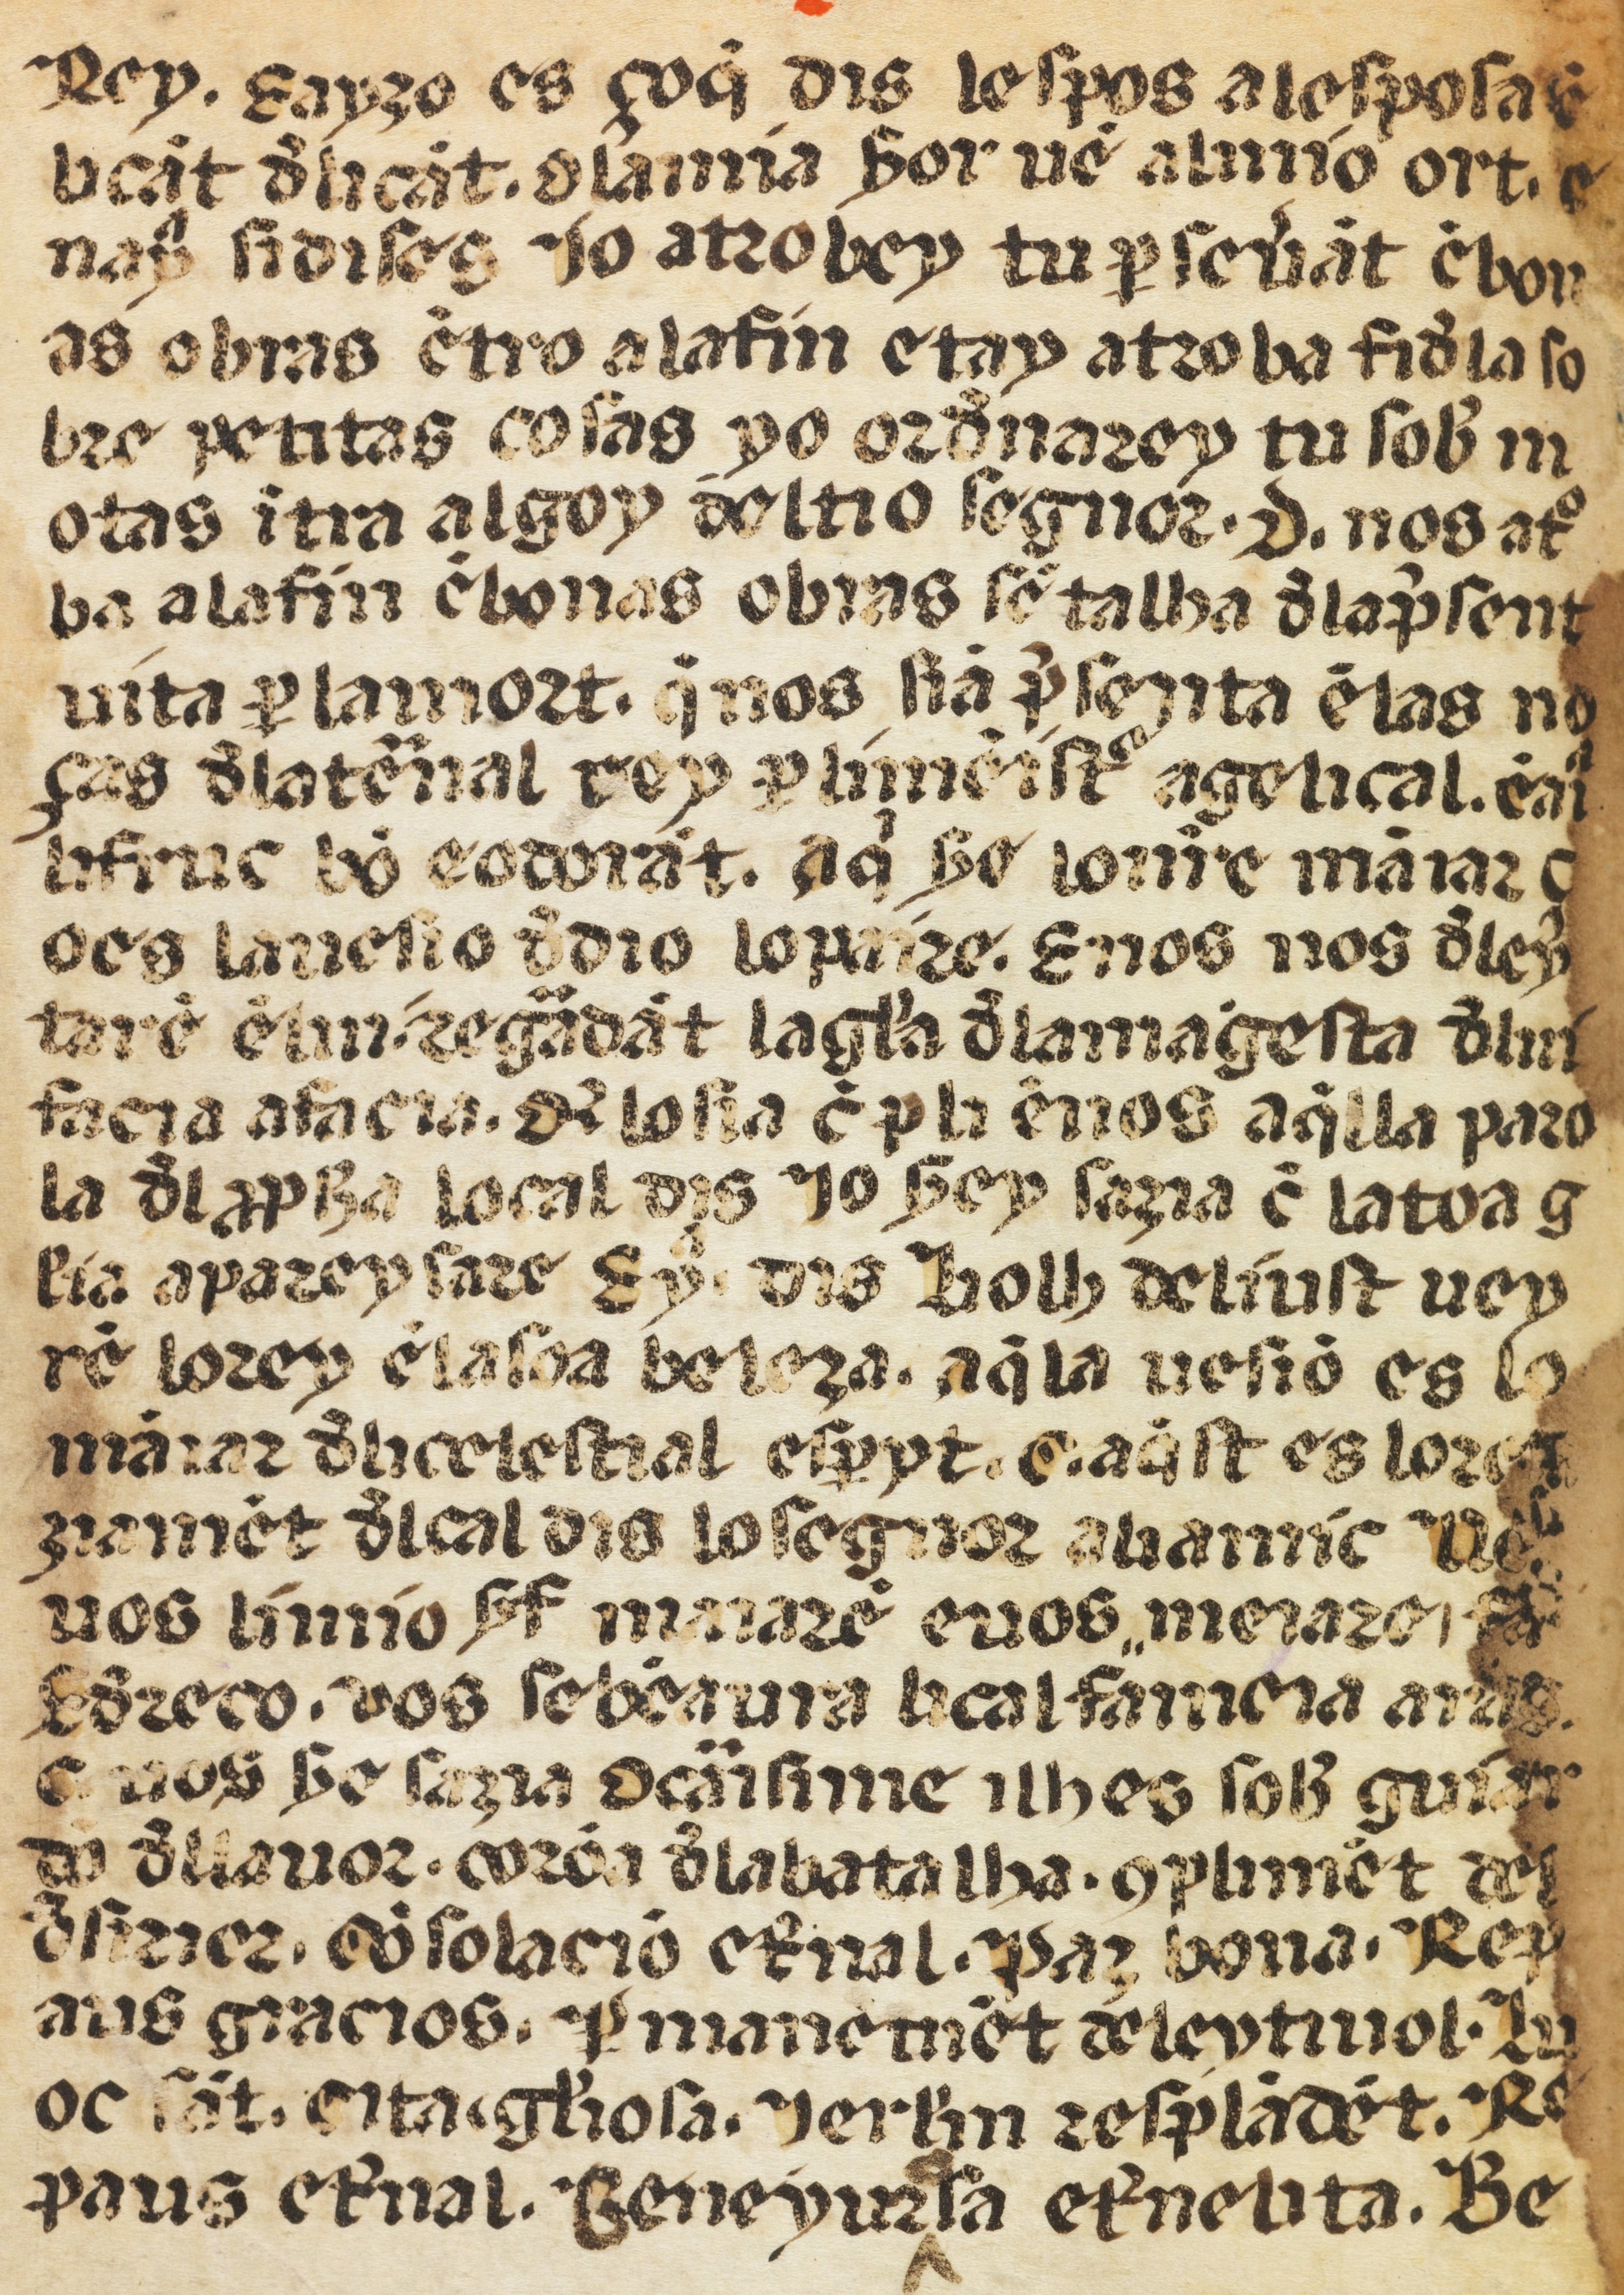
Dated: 1400–1499